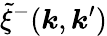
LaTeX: \tilde{\xi}^{-}(\boldsymbol{k},\boldsymbol{k}^{\prime})